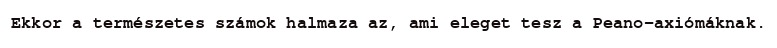
Ekkor a természetes számok halmaza az, ami eleget tesz a Peano-axiómáknak.